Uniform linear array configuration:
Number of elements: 32
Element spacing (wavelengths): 0.75
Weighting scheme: binomial
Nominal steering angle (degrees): -15
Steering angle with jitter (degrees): -13.32
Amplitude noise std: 0.05
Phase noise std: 0.05

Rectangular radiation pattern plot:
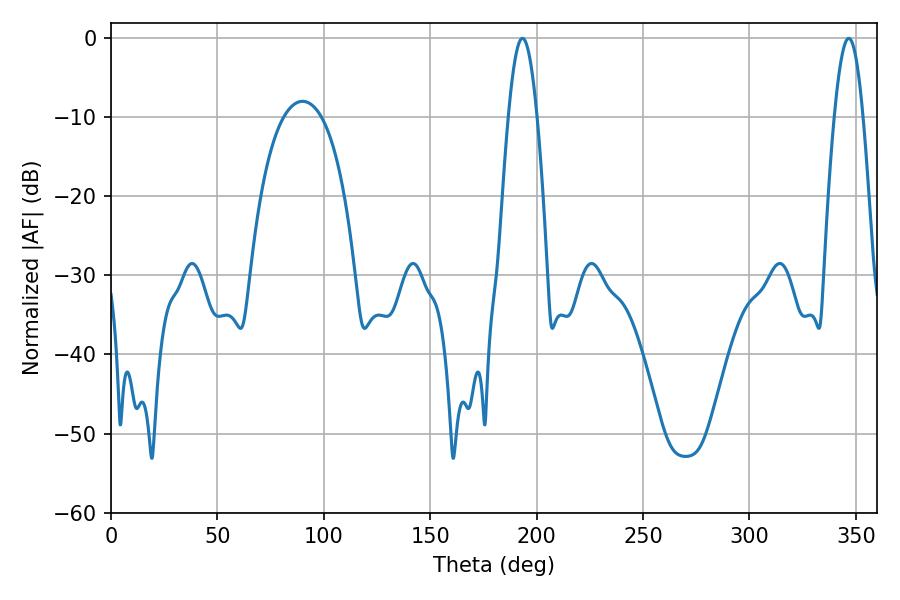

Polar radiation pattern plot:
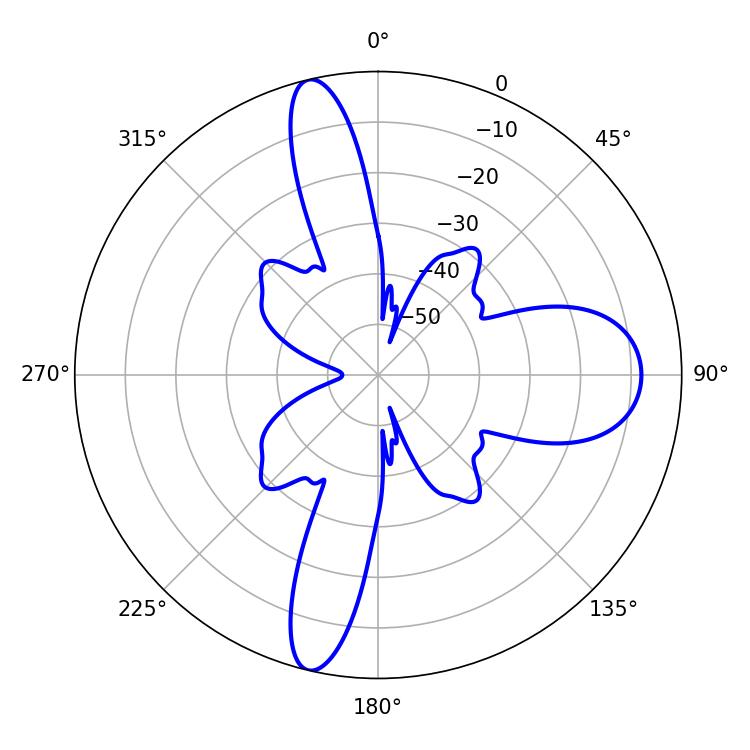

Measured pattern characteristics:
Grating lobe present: TRUE
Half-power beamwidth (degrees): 7.2
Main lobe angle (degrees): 346.68